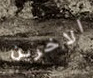
الاخرين